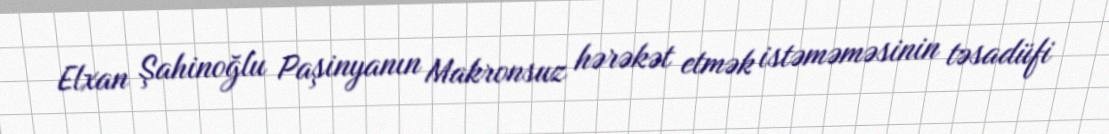
Elxan Şahinoğlu Paşinyanın Makronsuz hərəkət etmək istəməməsinin təsadüfi